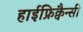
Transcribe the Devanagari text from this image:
हाईफ्रिक्वैन्सी